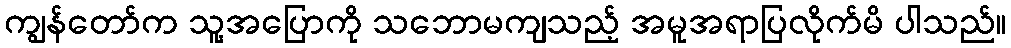
ကျွန်တော်က သူ့အပြောကို သဘောမကျသည့် အမူအရာပြလိုက်မိ ပါသည်။